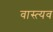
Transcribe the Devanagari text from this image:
वास्त्यव